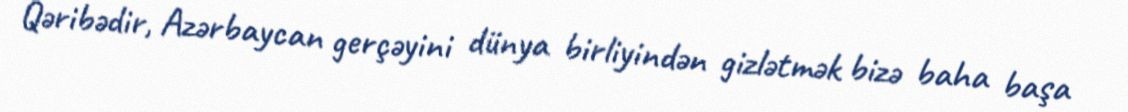
Qəribədir, Azərbaycan gerçəyini dünya birliyindən gizlətmək bizə baha başa